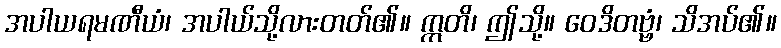
အပါယရမဏီယံ၊ အပါယ်သို့လားတတ်၏။ ဣတိ၊ ဤသို့။ ဝေဒိတဗ္ဗံ၊ သိအပ်၏။